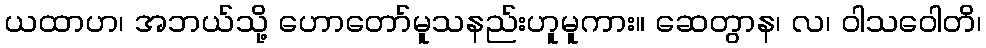
ယထာဟ၊ အဘယ်သို့ ဟောတော်မူသနည်းဟူမူကား။ ဆေတွာန၊ လ၊ ဝါသဝေါတိ၊